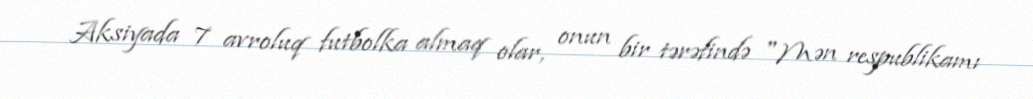
Aksiyada 7 avroluq futbolka almaq olar, onun bir tərəfində "Mən respublikamı